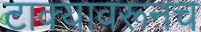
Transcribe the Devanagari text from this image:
टाक्यावरूनच